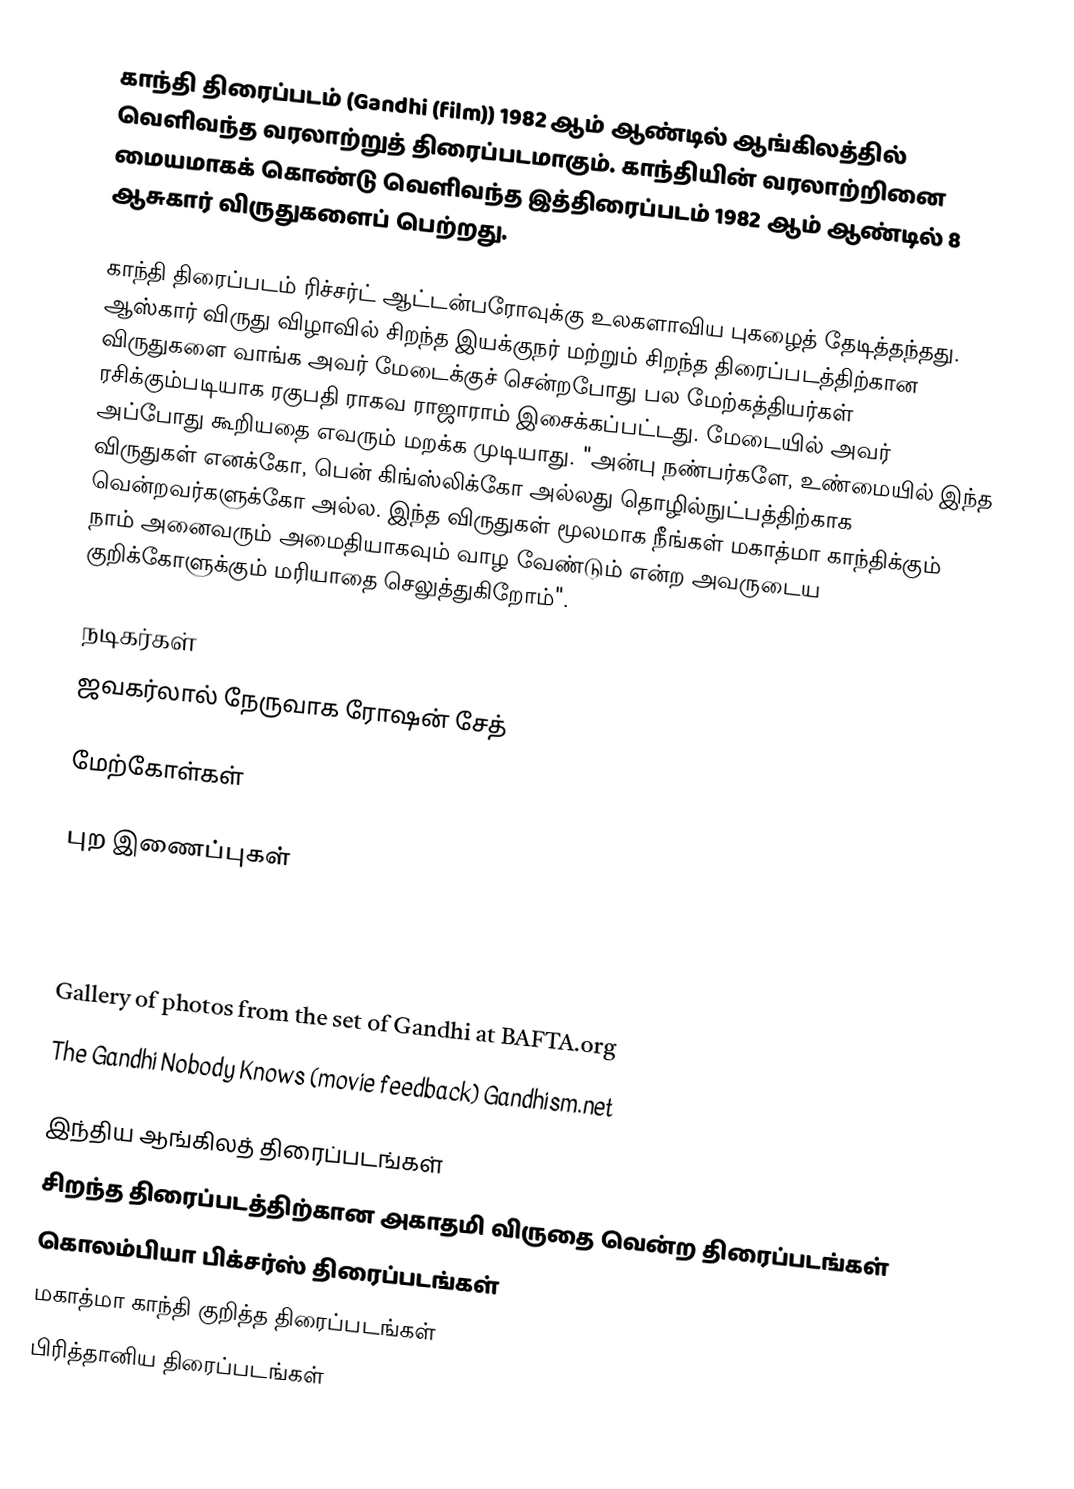
காந்தி திரைப்படம் (Gandhi (film))  1982 ஆம் ஆண்டில் ஆங்கிலத்தில் வெளிவந்த வரலாற்றுத் திரைப்படமாகும். காந்தியின் வரலாற்றினை மையமாகக் கொண்டு வெளிவந்த இத்திரைப்படம் 1982 ஆம் ஆண்டில் 8 ஆசுகார் விருதுகளைப் பெற்றது.

காந்தி திரைப்படம் ரிச்சர்ட் ஆட்டன்பரோவுக்கு உலகளாவிய புகழைத் தேடித்தந்தது. ஆஸ்கார் விருது விழாவில் சிறந்த இயக்குநர் மற்றும் சிறந்த திரைப்படத்திற்கான விருதுகளை வாங்க அவர் மேடைக்குச் சென்றபோது பல மேற்கத்தியர்கள் ரசிக்கும்படியாக ரகுபதி ராகவ ராஜாராம் இசைக்கப்பட்டது. மேடையில் அவர் அப்போது கூறியதை எவரும் மறக்க முடியாது. "அன்பு நண்பர்களே, உண்மையில் இந்த விருதுகள் எனக்கோ, பென் கிங்ஸ்லிக்கோ அல்லது தொழில்நுட்பத்திற்காக வென்றவர்களுக்கோ அல்ல. இந்த விருதுகள் மூலமாக நீங்கள் மகாத்மா காந்திக்கும் நாம் அனைவரும் அமைதியாகவும் வாழ வேண்டும் என்ற அவருடைய குறிக்கோளுக்கும் மரியாதை செலுத்துகிறோம்".

நடிகர்கள்
 ஜவகர்லால் நேருவாக ரோஷன் சேத்

மேற்கோள்கள்

புற இணைப்புகள்

 Gallery of photos from the set of Gandhi at BAFTA.org
 The Gandhi Nobody Knows (movie feedback) Gandhism.net

இந்திய ஆங்கிலத் திரைப்படங்கள்
சிறந்த திரைப்படத்திற்கான அகாதமி விருதை வென்ற திரைப்படங்கள்
கொலம்பியா பிக்சர்ஸ் திரைப்படங்கள்
மகாத்மா காந்தி குறித்த திரைப்படங்கள்
பிரித்தானிய திரைப்படங்கள்